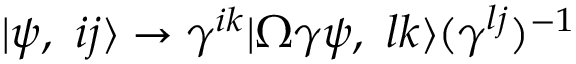
| \psi , \ i j \rangle \rightarrow \gamma ^ { i k } | \Omega \gamma \psi , \ l k \rangle ( \gamma ^ { l j } ) ^ { - 1 }